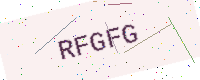
Text: RFGFG